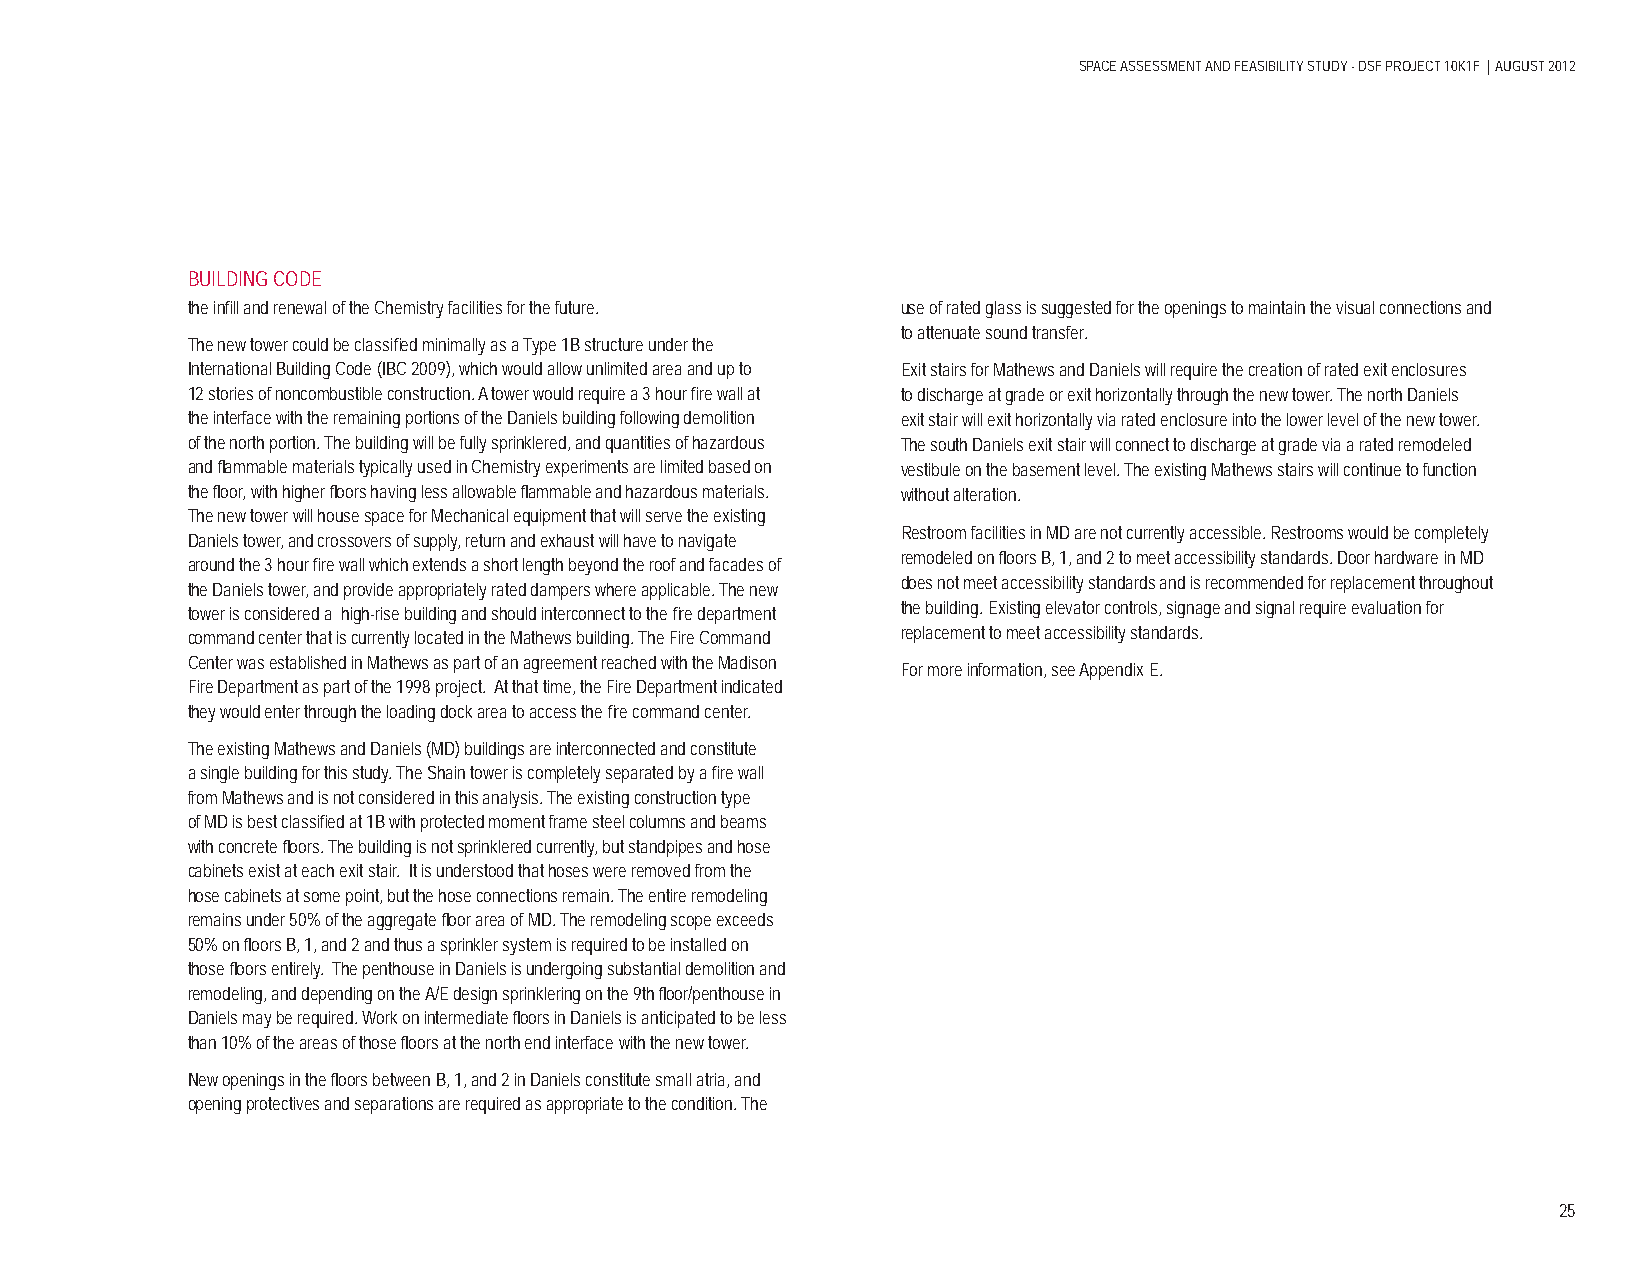
SPACE ASSESSMENT AND FEASIBILITY STUDY - DSF PROJECT 10K1F | AUGUST 2012
 BUILDING CODE
 the infi ll and renewal of the Chemistry facilities for the future. use of rated glass is suggested for the openings to maintain the visual connections and
 to attenuate sound transfer.
 The new tower could be classifi ed minimally as a Type 1B structure under the
 International Building Code (IBC 2009), which would allow unlimited area and up to Exit stairs for Mathews and Daniels will require the creation of rated exit enclosures
 12 stories of noncombustible construction. A tower would require a 3 hour fi re wall at to discharge at grade or exit horizontally through the new tower. The north Daniels
 the interface with the remaining portions of the Daniels building following demolition exit stair will exit horizontally via rated enclosure into the lower level of the new tower.
 of the north portion. The building will be fully sprinklered, and quantities of hazardous The south Daniels exit stair will connect to discharge at grade via a rated remodeled
 and fl ammable materials typically used in Chemistry experiments are limited based on vestibule on the basement level. The existing Mathews stairs will continue to function
 the fl oor, with higher fl oors having less allowable fl ammable and hazardous materials. without alteration.
 The new tower will house space for Mechanical equipment that will serve the existing
 Restroom facilities in MD are not currently accessible. Restrooms would be completely
 Daniels tower, and crossovers of supply, return and exhaust will have to navigate
 remodeled on fl oors B, 1, and 2 to meet accessibility standards. Door hardware in MD
 around the 3 hour fi re wall which extends a short length beyond the roof and facades of
 does not meet accessibility standards and is recommended for replacement throughout
 the Daniels tower, and provide appropriately rated dampers where applicable. The new
 tower is considered a high-rise building and should interconnect to the fi re department the building. Existing elevator controls, signage and signal require evaluation for
 command center that is currently located in the Mathews building. The Fire Command replacement to meet accessibility standards.
 Center was established in Mathews as part of an agreement reached with the Madison
 For more information, see Appendix E.
 Fire Department as part of the 1998 project. At that time, the Fire Department indicated
 they would enter through the loading dock area to access the fi re command center.
 The existing Mathews and Daniels (MD) buildings are interconnected and constitute
 a single building for this study. The Shain tower is completely separated by a fi re wall
 from Mathews and is not considered in this analysis. The existing construction type
 of MD is best classifi ed at 1B with protected moment frame steel columns and beams
 with concrete fl oors. The building is not sprinklered currently, but standpipes and hose
 cabinets exist at each exit stair. It is understood that hoses were removed from the
 hose cabinets at some point, but the hose connections remain. The entire remodeling
 remains under 50% of the aggregate fl oor area of MD. The remodeling scope exceeds
 50% on fl oors B, 1, and 2 and thus a sprinkler system is required to be installed on
 those fl oors entirely. The penthouse in Daniels is undergoing substantial demolition and
 remodeling, and depending on the A/E design sprinklering on the 9th fl oor/penthouse in
 Daniels may be required. Work on intermediate fl oors in Daniels is anticipated to be less
 than 10% of the areas of those fl oors at the north end interface with the new tower.
 New openings in the fl oors between B, 1, and 2 in Daniels constitute small atria, and
 opening protectives and separations are required as appropriate to the condition. The
 25